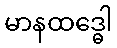
မာနထဒ္ဓေါ